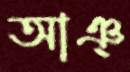
আঞ্